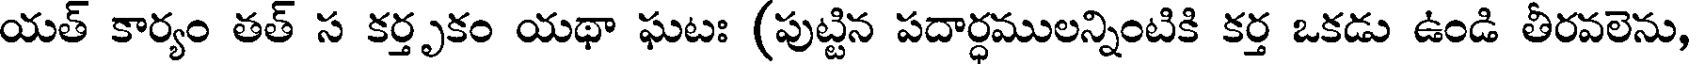
యత్ కార్యం తత్ స కర్తృకం యథా ఘటః (పుట్టిన పదార్ధములన్నింటికి కర్త ఒకడు ఉండి తీరవలెను,